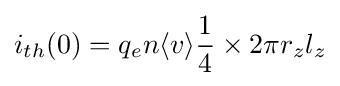
i_{th}(0)=q_{e}n\langle v\rangle {\frac {1}{4}}\times 2\pi r_{z}l_{z}